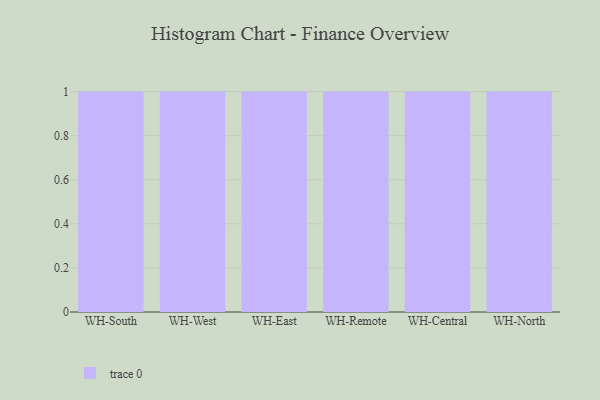
{"axis": {"x": "Warehouse", "y": "Operating Costs (USD K)"}, "legend": [""], "data": [{"x": "WH-South", "y": 9, "type": ""}, {"x": "WH-West", "y": 75, "type": ""}, {"x": "WH-East", "y": 35, "type": ""}, {"x": "WH-Remote", "y": 66, "type": ""}, {"x": "WH-Central", "y": 48, "type": ""}, {"x": "WH-North", "y": 81, "type": ""}]}